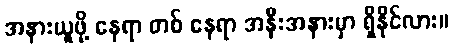
အနားယူဖို့ နေရာ တစ် နေရာ အနီးအနားမှာ ရှိနိုင်လား။